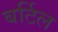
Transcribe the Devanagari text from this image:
बर्टिल